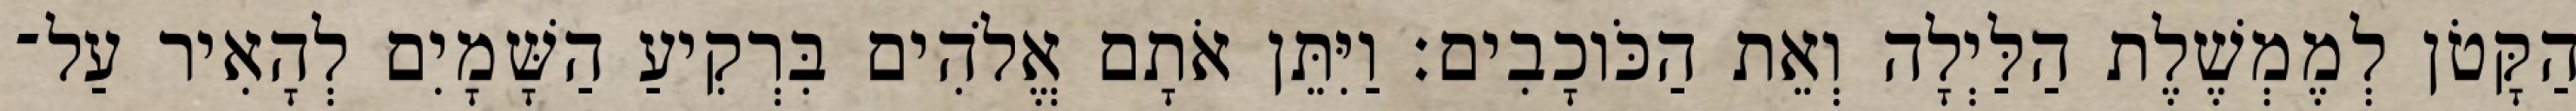
הַקָּטֹן לְמֶמְשֶׁלֶת הַלַּיְלָה וְאֵת הַכֹּוכָבִים׃ וַיִּתֵּן אֹתָם אֱלֹהִים בִּרְקִיעַ הַשָּׁמָיִם לְהָאִיר עַל־